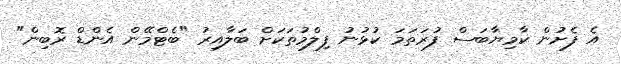
އެ ފެށުން ކާމިޔާބަސް ފުރަތަމަ ކުޅުނު ފިލްމުތަކަށް ބަލާއިރު "ބެޓްމޭން އެންޑް ރޮބިން"